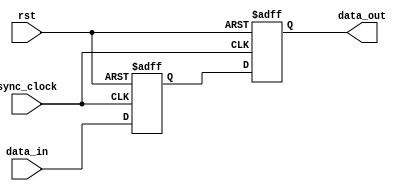
module alt_vipitc121_common_sync
    #(parameter
        CLOCKS_ARE_SAME = 0,
        WIDTH = 1)
    (
    input wire rst,
    input wire sync_clock,
    
    input wire [WIDTH-1:0] data_in,
    output wire [WIDTH-1:0] data_out);

(* altera_attribute = "-name SYNCHRONIZER_IDENTIFICATION FORCED_IF_ASYNCHRONOUS" *) reg [WIDTH-1:0] data_out_sync0;
(* altera_attribute = "-name SYNCHRONIZER_IDENTIFICATION FORCED_IF_ASYNCHRONOUS" *) reg [WIDTH-1:0] data_out_sync1;

generate
    if(CLOCKS_ARE_SAME) 
        assign data_out = data_in;
    else begin
        always @ (posedge rst or posedge sync_clock) begin
            if(rst) begin
                data_out_sync0 <= {WIDTH{1'b0}};
                data_out_sync1 <= {WIDTH{1'b0}};
            end else begin
                data_out_sync0 <= data_in;
                data_out_sync1 <= data_out_sync0;
            end
        end
        
        assign data_out = data_out_sync1;
    end
endgenerate

endmodule